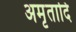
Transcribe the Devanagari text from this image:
अमृतादि